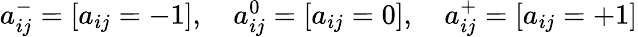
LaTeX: \begin{array}{r}{a_{ij}^{-}=[a_{ij}=-1],\quad a_{ij}^{0}=[a_{ij}=0],\quad a_{ij}^{+}=[a_{ij}=+1]}\end{array}